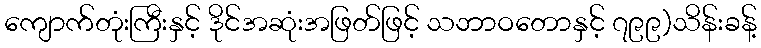
ကျောက်တုံးကြီးနှင့် ဒိုင်အဆုံးအဖြတ်ဖြင့် သဘာဝတောနှင့် ၇၉၉)သိန်းခန့်